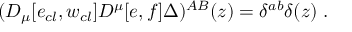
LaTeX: ( { \cal D } _ { \mu } [ e _ { c l } , w _ { c l } ] { \cal D } ^ { \mu } [ e , f ] \Delta ) ^ { A B } ( z ) = \delta ^ { a b } \delta ( z ) \; .